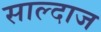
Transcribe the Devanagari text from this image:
साल्दाज